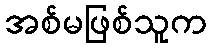
အစ်မဖြစ်သူက